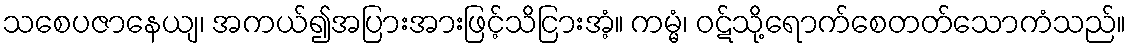
သစေပဇာနေယျ၊ အကယ်၍အပြားအားဖြင့်သိငြားအံ့။ ကမ္မံ၊ ဝဋ်သို့ရောက်စေတတ်သောကံသည်။